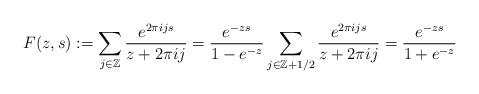
LaTeX: \begin{align*}F(z,s) := \sum_{ j \in \mathbb{Z} } \frac{ e^{ 2 \pi i j s }}{ z + 2 \pi i j } = \frac{ e^{ - zs}}{ 1 - e^{ - z}} \sum_{ j \in \mathbb{Z} +1/2 } \frac{ e^{ 2 \pi i j s }}{ z + 2 \pi i j } = \frac{ e^{ - zs}}{ 1 + e^{ - z}} \end{align*}